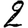
Digit: 2